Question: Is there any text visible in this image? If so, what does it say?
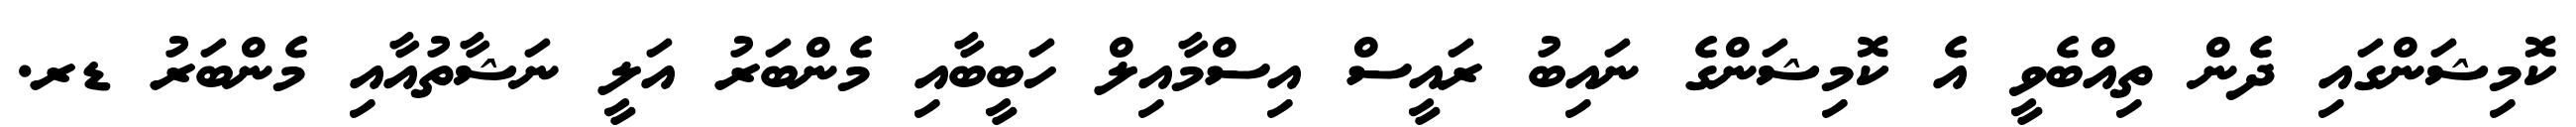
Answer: ކޮމިޝަންގައި ދެން ތިއްބެވީ އެ ކޮމިޝަންގެ ނައިބު ރައީސް އިސްމާއިލް ހަބީބާއި މެންބަރު އަލީ ނަޝާތުއާއި މެންބަރު ޑރ.